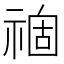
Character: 𥚽